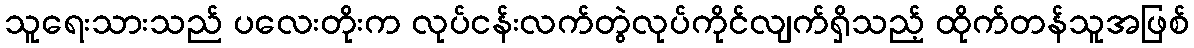
သူရေးသားသည် ပလေးတိုးက လုပ်ငန်းလက်တွဲလုပ်ကိုင်လျက်ရှိသည့် ထိုက်တန်သူအဖြစ်